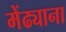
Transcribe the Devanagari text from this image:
मेंढ्याना